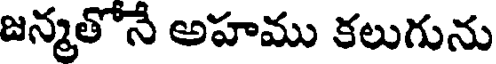
జన్మతోనే అహము కలుగును